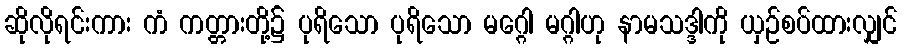
ဆိုလိုရင်းကား ကံ ကတ္တားတို့၌ ပုရိသော ပုရိသော မဂ္ဂေါ မဂ္ဂါဟု နာမသဒ္ဒါကို ယှဉ်စပ်ထားလျှင်